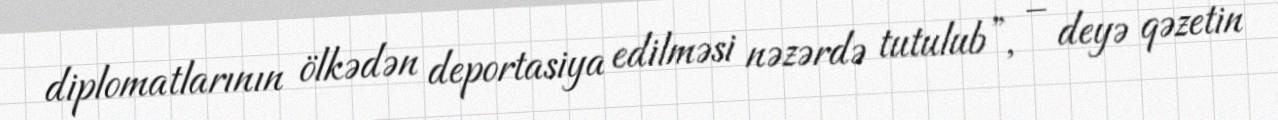
diplomatlarının ölkədən deportasiya edilməsi nəzərdə tutulub”, – deyə qəzetin